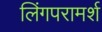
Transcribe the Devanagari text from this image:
लिंगपरामर्श